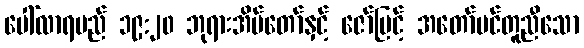
ပေါ်လာရမည် ၁၉:၂၀ ဘုရားအိမ်တော်နှင့် ဇော်မြင့် အတော်ပင်တူညီသော